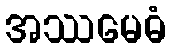
အဿမေဓံ